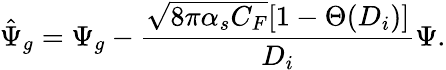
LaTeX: \hat{\Psi}_{g}=\Psi_{g}-{\frac{\sqrt{8\pi\alpha_{s}C_{F}}[1-\Theta(D_{i})]}{D_{i}}}\Psi.